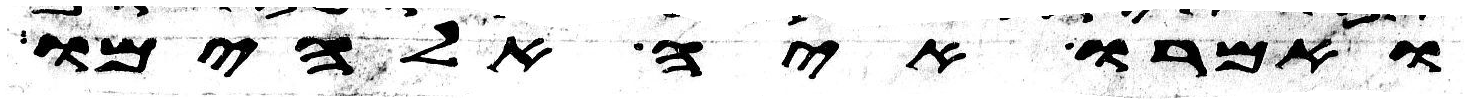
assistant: ואמרו איה אלהימו